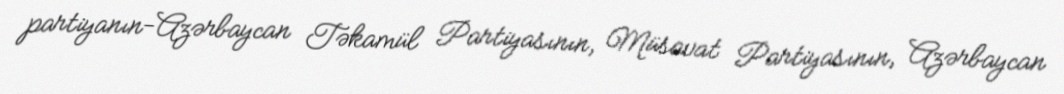
partiyanın-Azərbaycan Təkamül Partiyasının, Müsavat Partiyasının, Azərbaycan